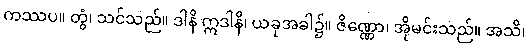
ကဿပ။ တွံ၊ သင်သည်။ ဒါနိ ဣဒါနိ၊ ယခုအခါ၌။ ဇိဏ္ဏော၊ အိုမင်းသည်။ အသိ၊